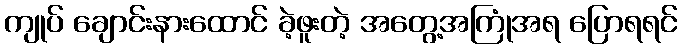
ကျုပ် ချောင်းနားထောင် ခဲ့ဖူးတဲ့ အတွေ့အကြုံအရ ပြောရရင်